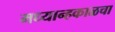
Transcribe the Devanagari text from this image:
मध्यान्हकाळचा